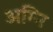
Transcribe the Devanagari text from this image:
अग्‍नि